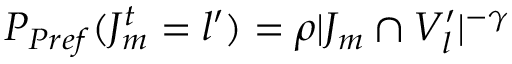
P _ { P r e f } ( J _ { m } ^ { t } = l ^ { \prime } ) = \rho | J _ { m } \cap V _ { l } ^ { \prime } | ^ { - \gamma }